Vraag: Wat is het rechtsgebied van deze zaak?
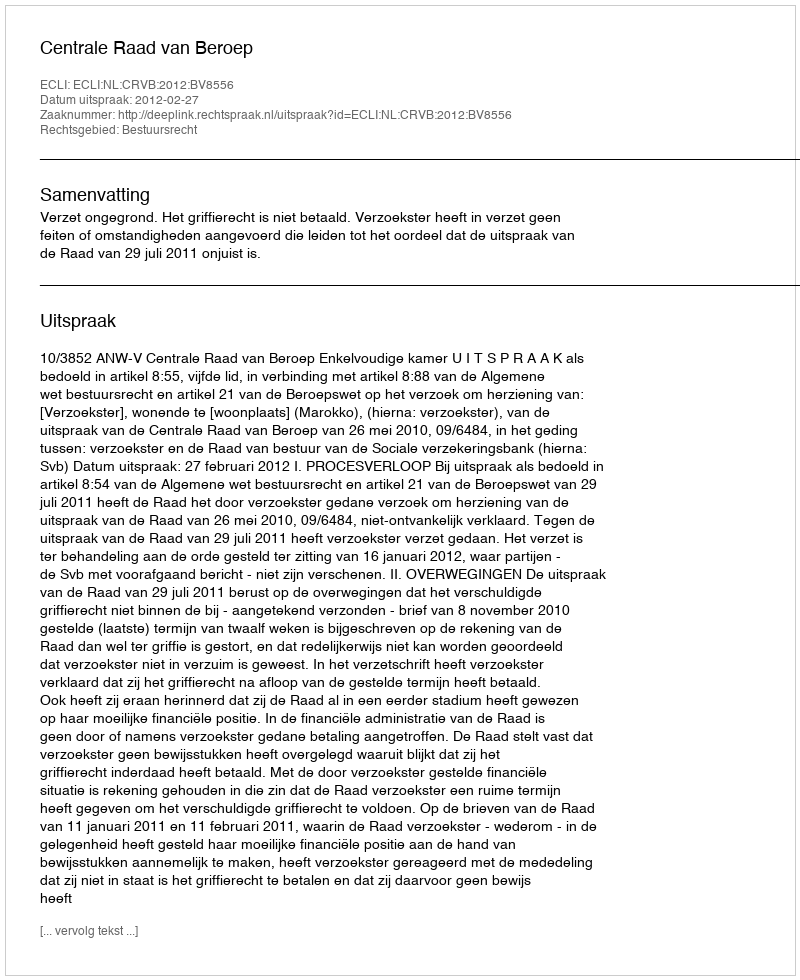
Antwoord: Bestuursrecht